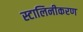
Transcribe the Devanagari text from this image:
स्टालिनीकरण